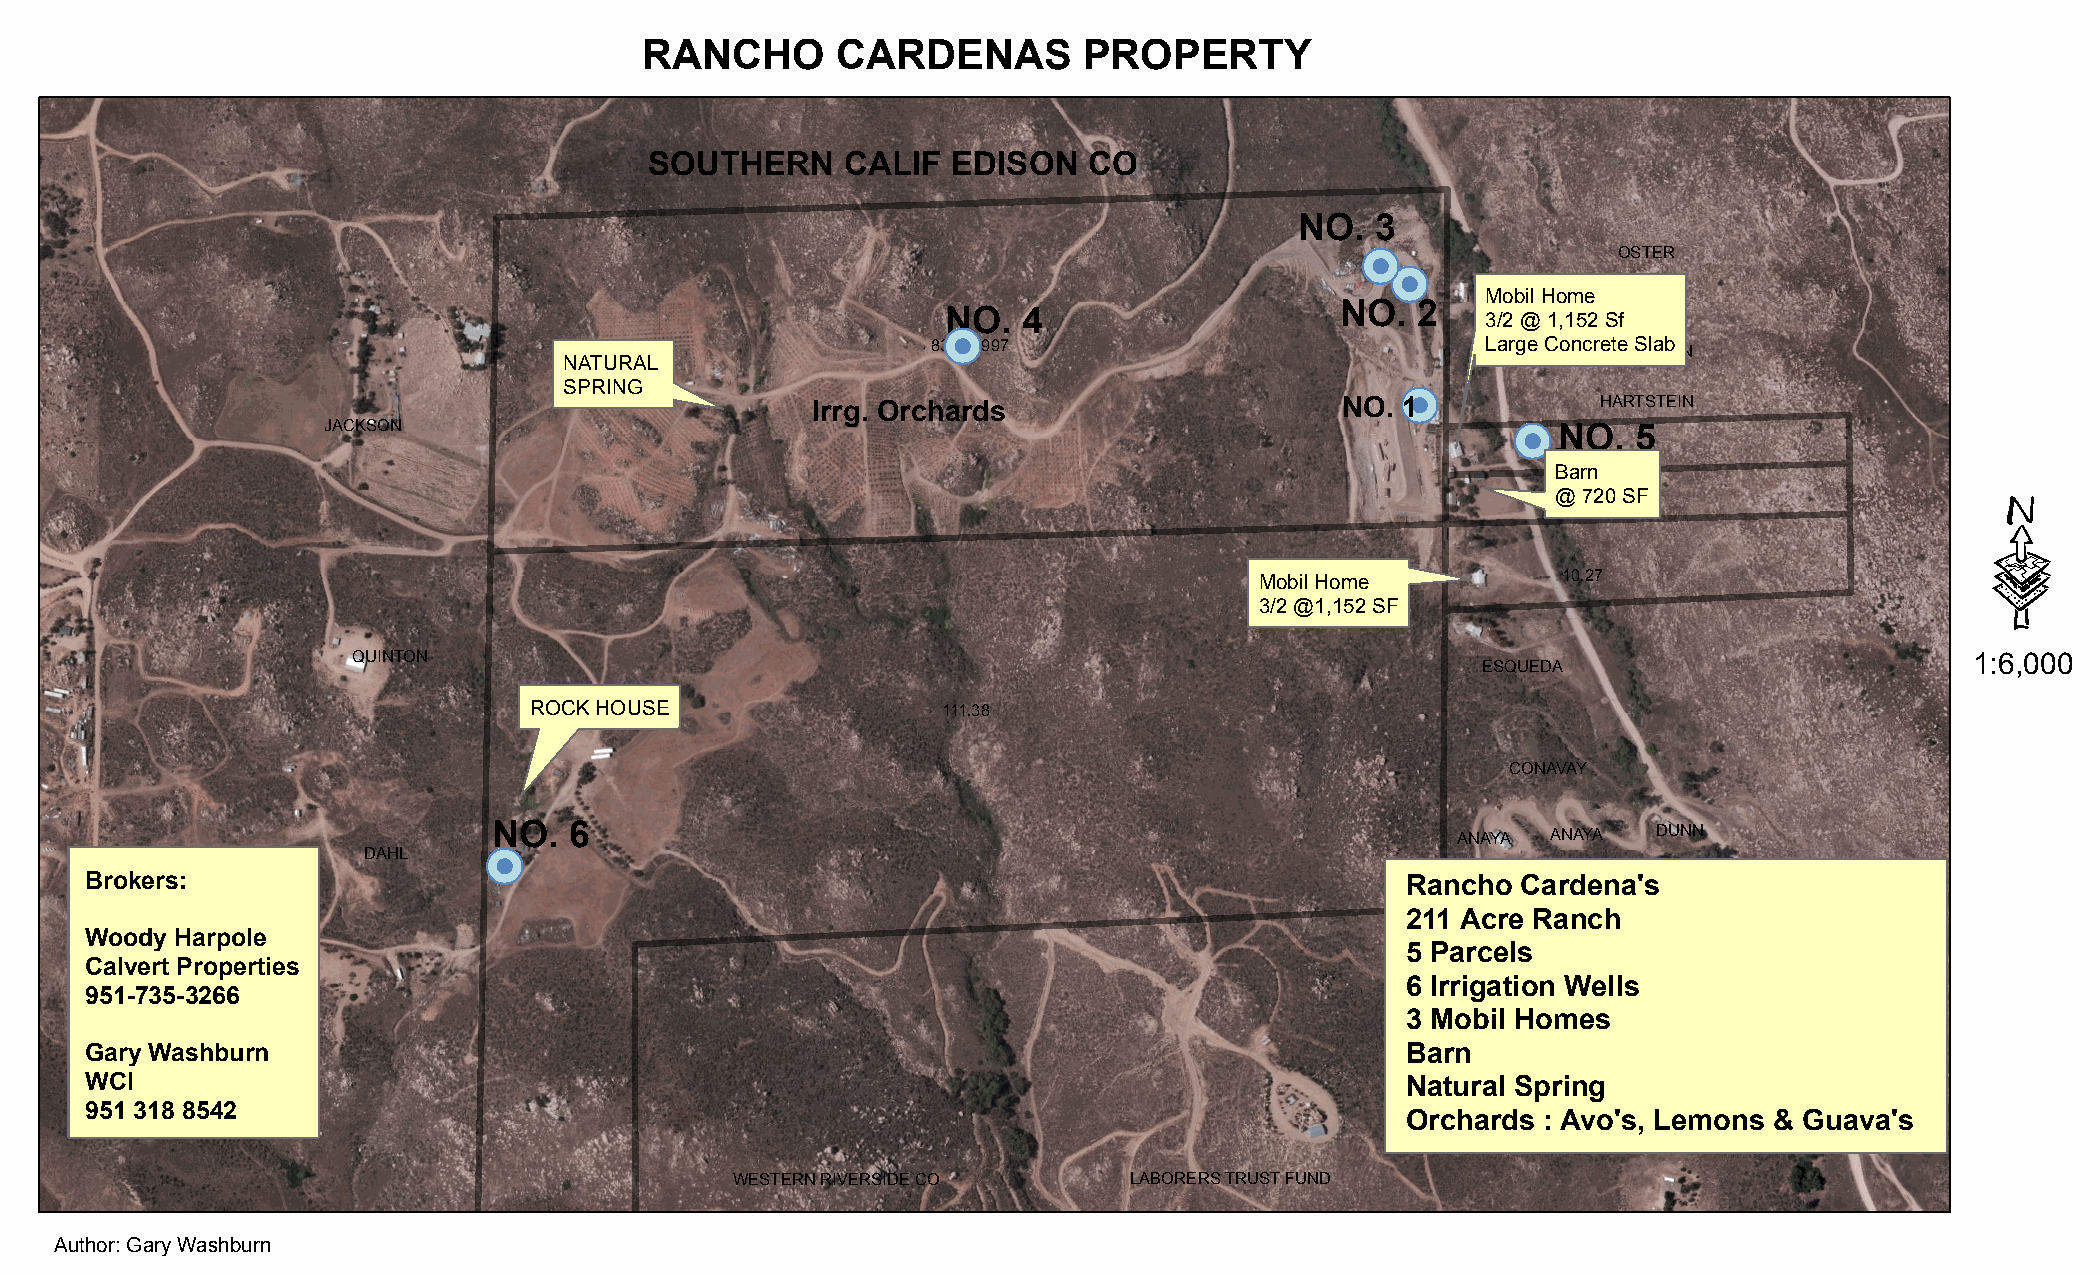
RANCHO       CARDENAS         PROPERTY
 SOUTHERN     CALIF  EDISON   CO
 NO.  3
 &(               OSTER
 &(
 Mobil Home
 NO.  2            TRUONG
 NO.  4                             3/2 @ 1,152 Sf
 &(
 83.449997                           Large Concrete Slab
 HARTSTEIN
 NATURAL
 SPRING                                                  &(
 Irrg. Orchards                     NO. 1            HARTSTEIN
 JACKSON                                                                        &( NO.  5
 5.13
 ·
 Barn
 @ 720 SF
 5.14
 Mobil Home          10.27
 3/2 @1,152 SF
 QUINTON                                                                    ESQUEDA                          1:6,000
 ROCK HOUSE                 111.38
 CONAVAY
 NO.  6                                                         ANAYA  ANAYA  DUNN
 DAHL    &(
 Brokers:                                                                               Rancho  CaKrIdM eJUnNa Y' &s A YOUNG LIVING TRUST
 211 Acre Ranch
 Woody Harpole
 5 Parcels
 Calvert Properties
 6 Irrigation Wells
 951-735-3266
 3 Mobil Homes
 Gary Washburn                                                                          Barn
 WCI                                                                                    Natural Spring
 951 318 8542
 Orchards : Avo's, Lemons & Guava's
 WESTERN RIVERSIDE CO      LABORERS TRUST FUND
 Author: Gary Washburn